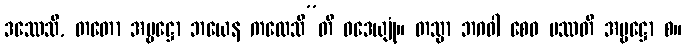
ဒဿေသိ, တတော အမ္ဗဋ္ဌော ဘယေန ကထေသီ”တိ ဝဒေယျုံ။ တသ္မာ ဘဂဝါ စေဝ ပဿတိ အမ္ဗဋ္ဌော စ။